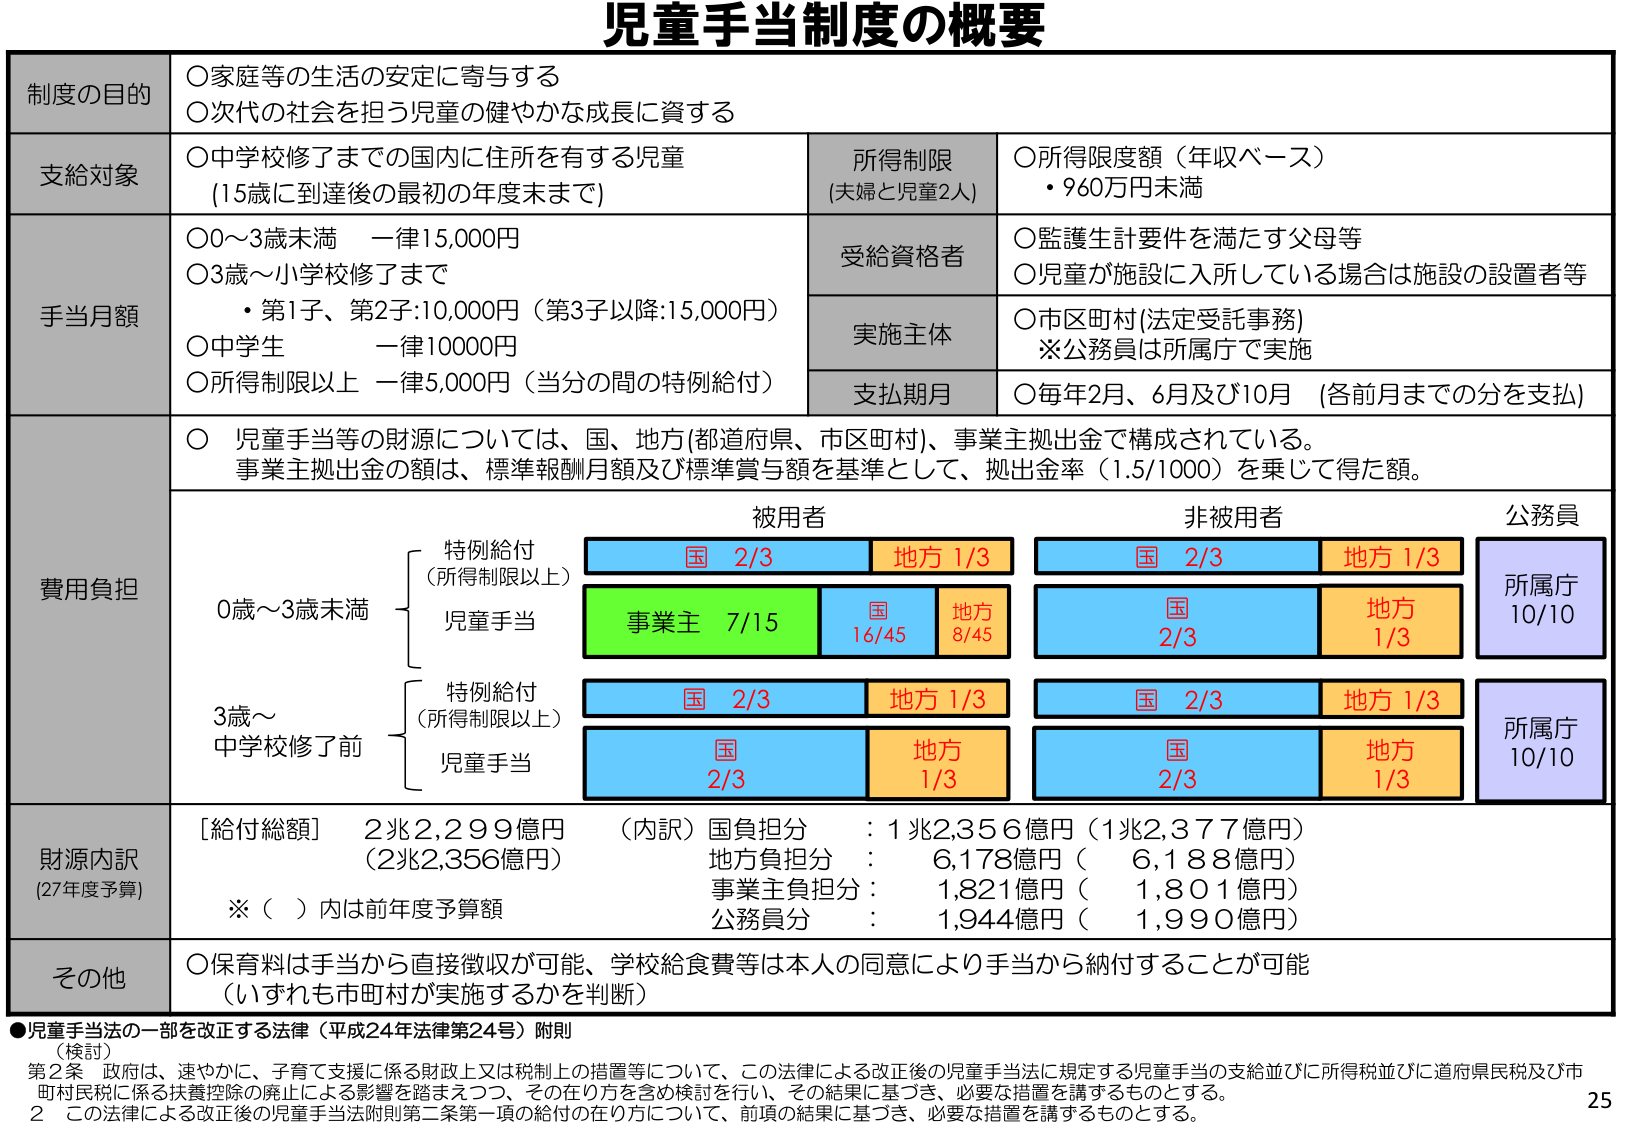
児童手当制度の概要

制度の目的
○家庭等の生活の安定に寄与する
○次代の社会を担う児童の健やかな成長に資する

支給対象
○中学校修了までの国内に住所を有する児童
（15歳に到達後の最初の年度末まで）
所得制限
（夫婦と児童2人）
○所得限度額（年収ベース）
・960万円未満

手当月額
○0～3歳未満　一律15,000円
○3歳～小学校修了まで
・第1子、第2子：10,000円（第3子以降：15,000円）
○中学生　一律10,000円
○所得制限以上　一律5,000円（当分の間の特例給付）

受給資格者
○監護生計要件を満たす父母等
○児童が施設に入所している場合は施設の設置者等

実施主体
○市区町村（法定受託事務）
※公務員は所属庁で実施

支払期月
○毎年2月、6月及び10月　（各前月までの分を支払）

費用負担
○児童手当等の財源については、国、地方（都道府県、市区町村）、事業主拠出金で構成されている。
事業主拠出金の額は、標準報酬月額及び標準賞与額を基準として、拠出金率（1.5/1000）を乗じて得た額。

被用者
非被用者
公務員

0歳～3歳未満
　　特例給付
　　（所得制限以上）
　　　国 2/3　　地方 1/3
　　　事業主 7/15　　国 16/45　　地方 8/45
　　児童手当
　　　国 2/3　　地方 1/3

3歳～
中学校修了前
　　特例給付
　　（所得制限以上）
　　　国 2/3　　地方 1/3
　　児童手当
　　　国 2/3　　地方 1/3

非被用者
　　　国 2/3　　地方 1/3
　　　国 2/3　　地方 1/3

公務員
　　所属庁 10/10
　　所属庁 10/10

財源内訳
（27年度予算）
［給付総額］　2兆2,299億円　（内訳）国負担分　：1兆2,356億円（1兆2,377億円）
（2兆2,356億円）　　地方負担分　：　6,178億円（　6,188億円）
　　　　　　　　　　　事業主負担分：　1,821億円（　1,801億円）
　　　　　　　　　　　公務員分　　：　1,944億円（　1,990億円）
※（　）内は前年度予算額

その他
○保育料は手当から直接徴収が可能、学校給食費等は本人の同意により手当から納付することが可能
（いずれも市町村が実施するかを判断）

●児童手当法の一部を改正する法律（平成24年法律第24号）附則
（検討）
第2条　政府は、速やかに、子育て支援に係る財政上又は税制上の措置等について、この法律による改正後の児童手当法に規定する児童手当の支給並びに所得税並びに道府県民税及び市町村民税に係る扶養控除の廃止による影響を踏まえつつ、その在り方を含め検討を行い、その結果に基づき、必要な措置を講ずるものとする。
2　この法律による改正後の児童手当法附則第二条第一項の給付の在り方について、前項の結果に基づき、必要な措置を講ずるものとする。

25